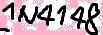
Text: IN4148